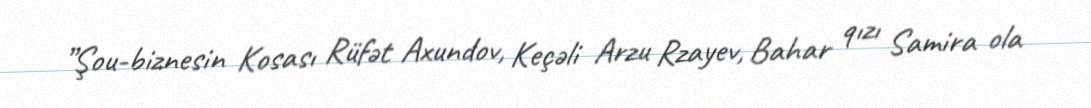
”Şou-biznesin Kosası Rüfət Axundov, Keçəli Arzu Rzayev, Bahar qızı Samira ola